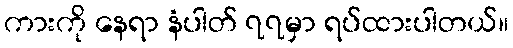
ကားကို နေရာ နံပါတ် ၇၇မှာ ရပ်ထားပါတယ်။